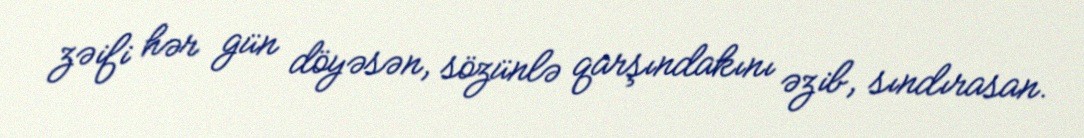
zəifi hər gün döyəsən, sözünlə qarşındakını əzib, sındırasan.